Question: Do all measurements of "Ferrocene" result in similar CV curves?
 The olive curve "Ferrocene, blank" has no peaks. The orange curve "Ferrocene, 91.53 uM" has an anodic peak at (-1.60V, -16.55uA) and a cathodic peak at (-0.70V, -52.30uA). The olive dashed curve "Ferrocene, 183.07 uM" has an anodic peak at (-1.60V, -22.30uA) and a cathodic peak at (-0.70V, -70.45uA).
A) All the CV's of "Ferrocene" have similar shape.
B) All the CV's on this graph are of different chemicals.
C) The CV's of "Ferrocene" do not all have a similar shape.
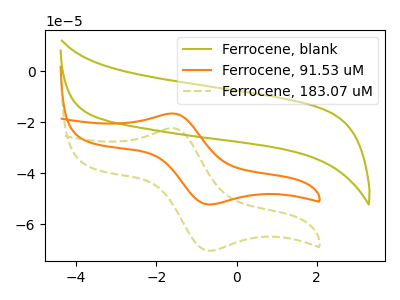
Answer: <think>"Ferrocene, blank" and "Ferrocene, 91.53 uM" have a different number of peaks. "Ferrocene, blank" and "Ferrocene, 183.07 uM" have a different number of peaks. All the peaks in "Ferrocene, 91.53 uM" have a peak in "Ferrocene, 183.07 uM" at the same potential.
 </think>
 <answer>A) All the CV's of "Ferrocene" have similar shape.</answer>
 <eval>A</eval>